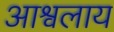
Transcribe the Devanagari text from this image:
आश्वलाय